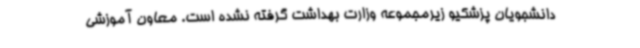
دانشجویان پزشکیو زیرمجموعه وزارت بهداشت گرفته نشده است. معاون آموزشی